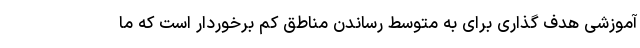
آموزشی هدف گذاری برای به متوسط رساندن مناطق کم برخوردار است که ما